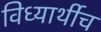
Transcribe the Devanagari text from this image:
विध्यार्थीच